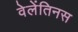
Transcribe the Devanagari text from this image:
वेलेंतिनस